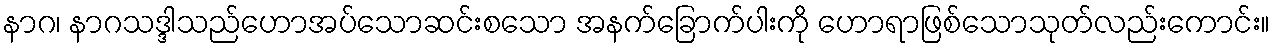
နာဂ၊ နာဂသဒ္ဒါသည်ဟောအပ်သောဆင်းစသော အနက်ခြောက်ပါးကို ဟောရာဖြစ်သောသုတ်လည်းကောင်း။